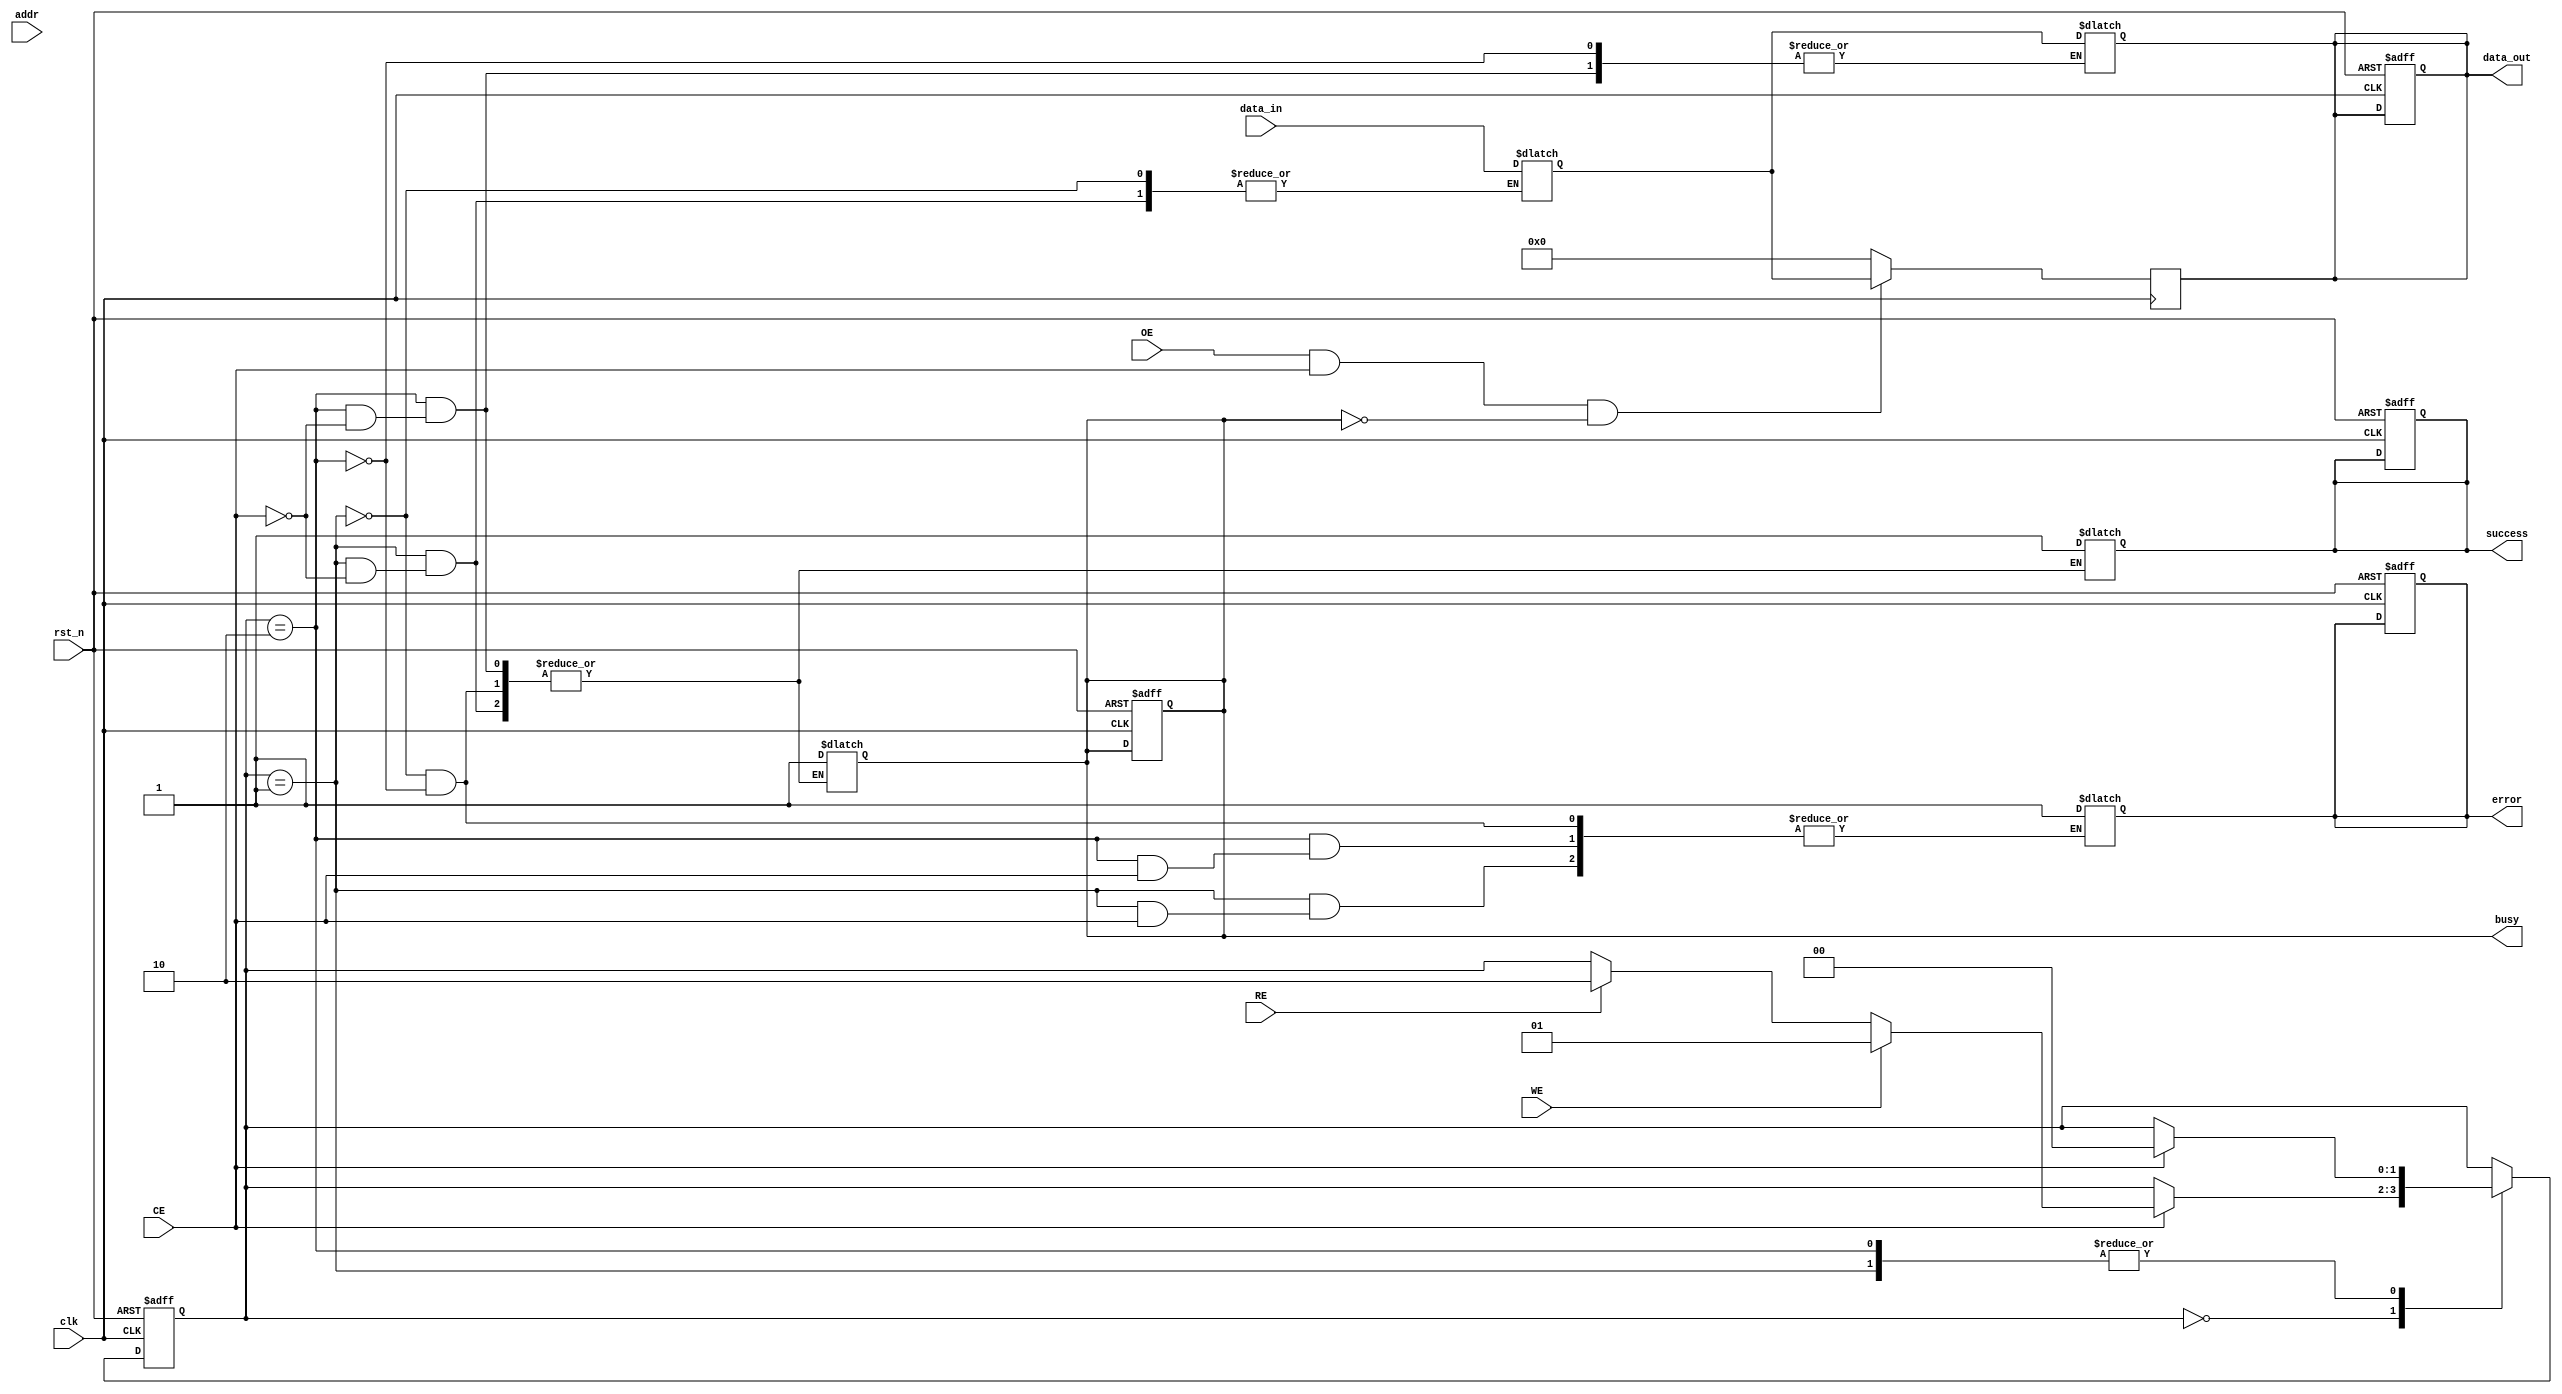
module nand_eeprom_io_block (
    input wire clk,                // Clock signal
    input wire rst_n,              // Active low reset signal
    input wire WE,                 // Write Enable
    input wire RE,                 // Read Enable
    input wire CE,                 // Chip Enable
    input wire OE,                 // Output Enable
    input wire [N_ADDR-1:0] addr,  // Address lines
    input wire [N_DATA-1:0] data_in,// Data input lines
    output reg [N_DATA-1:0] data_out,// Data output lines
    output reg busy,                // Busy signal
    output reg success,             // Operation success signal
    output reg error                // Error signal
);

parameter N_ADDR = 8;             // Number of address lines
parameter N_DATA = 8;             // Number of data lines
parameter IDLE = 2'b00,           // State definitions
          WRITE = 2'b01,
          READ = 2'b10;

reg [1:0] state, next_state;      // Current and next state
reg [N_DATA-1:0] data_latch;      // Data latch for read/write operations

// State machine for control flow
always @(posedge clk or negedge rst_n) begin
    if (~rst_n) begin
        state <= IDLE;
        busy <= 0;
        success <= 0;
        error <= 0;
        data_out <= 0;
    end else begin
        state <= next_state;
    end
end

// Next state logic
always @(*) begin
    next_state = state;
    case (state)
        IDLE: begin
            if (CE) begin
                if (WE) begin
                    next_state = WRITE;
                end else if (RE) begin
                    next_state = READ;
                end
            end
        end
        WRITE: begin
            if (CE) begin
                data_latch = data_in; // Latch the data to be written
                busy = 1;
                success = 1; // Assume write success for simplicity
                next_state = IDLE; // Return to idle after write
            end else begin
                error = 1; // Chip not enabled during write
            end
        end
        READ: begin
            if (CE) begin
                data_out = data_latch; // Read data from latch
                busy = 1;
                success = 1; // Assume read success for simplicity
                next_state = IDLE; // Return to idle after read
            end else begin
                error = 1; // Chip not enabled during read
            end
        end
    endcase
end

// Output enable logic
always @(posedge clk) begin
    if (OE && CE && !busy) begin
        // Output data only if output enable and chip enable are active
        data_out <= data_latch;
    end else begin
        data_out <= 0; // Disable output otherwise
    end
end

endmodule